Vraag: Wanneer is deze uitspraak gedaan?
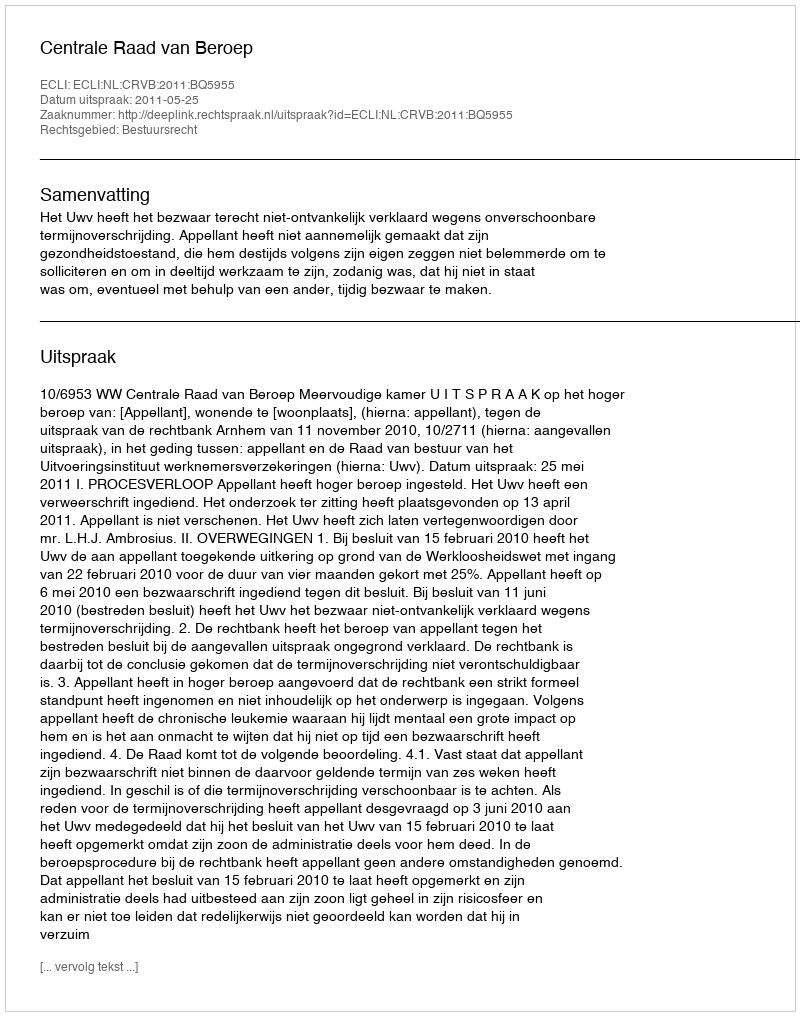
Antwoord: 2011-05-25